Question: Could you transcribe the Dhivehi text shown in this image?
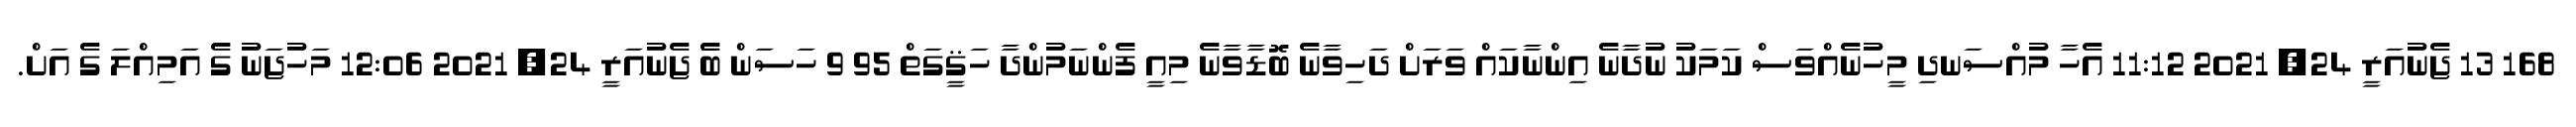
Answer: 168 13 ޖެނުއަރީ 24, 2021 11:12 އެހާ މުއްސަނދި މީހުނެއްވަސް ކަމަކު ނުދާނެ އިންނާކައް ވަރަށް ދަހިވާނެ ބޮޑާވާނެ މިއީ ފެންނަމުންދާ ހަޤީގަތް 95 9 ހަސަން ބަެ ޖެނުއަރީ 24, 2021 12:06 މަހުޖަނު ގެ އަމިއްލަ ގެ އަށް.